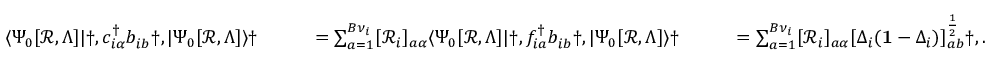
\begin{array} { r l r l } & { \langle \Psi _ { 0 } [ \mathcal { R } , \Lambda ] | \dag , c _ { i \alpha } ^ { \dagger } b _ { i b } ^ { \phantom { \dagger } } \dag , | \Psi _ { 0 } [ \mathcal { R } , \Lambda ] \rangle \dag } & { \qquad = \sum _ { a = 1 } ^ { B \nu _ { i } } [ \mathcal { R } _ { i } ] _ { a \alpha } \langle \Psi _ { 0 } [ \mathcal { R } , \Lambda ] | \dag , f _ { i a } ^ { \dagger } b _ { i b } ^ { \phantom { \dagger } } \dag , | \Psi _ { 0 } [ \mathcal { R } , \Lambda ] \rangle \dag } & { \qquad = \sum _ { a = 1 } ^ { B \nu _ { i } } [ \mathcal { R } _ { i } ] _ { a \alpha } [ \Delta _ { i } ( \mathbf { 1 } - \Delta _ { i } ) ] _ { a b } ^ { \frac { 1 } { 2 } } \dag , . } \end{array}